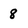
Character: 8